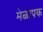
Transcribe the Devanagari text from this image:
मेळापक